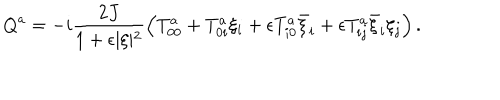
LaTeX: Q ^ { a } = - i \frac { 2 J } { 1 + \epsilon \vert \xi \vert ^ { 2 } } \left( T _ { 0 0 } ^ { a } + T _ { 0 i } ^ { a } \xi _ { i } + \epsilon T _ { i 0 } ^ { a } \bar { \xi } _ { i } + \epsilon T _ { i j } ^ { a } \bar { \xi } _ { i } \xi _ { j } \right) .